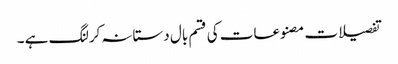
تفصیلات مصنوعات کی قسم بال دستانہ کرلنگ ہے ۔